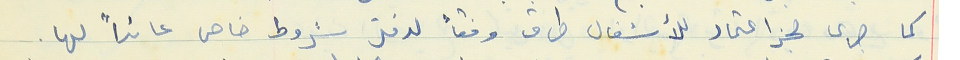
كما جرى حجز اعتماد للأشغال طرق وفقاً لدفتر شروط خاص عائداً لها.